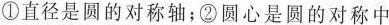
①直径是圆的对称轴；②圆心是圆的对称中